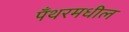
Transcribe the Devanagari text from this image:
पँथरमधील